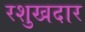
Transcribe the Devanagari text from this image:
रशुखदार